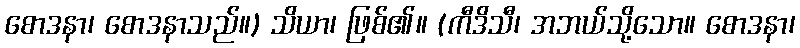
စောဒနာ၊ စောဒနာသည်။) သိယာ၊ ဖြစ်၏။ (ကီဒိသီ၊ အဘယ်သို့သော။ စောဒနာ၊